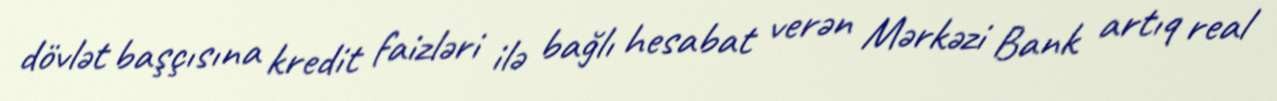
dövlət başçısına kredit faizləri ilə bağlı hesabat verən Mərkəzi Bank artıq real